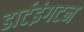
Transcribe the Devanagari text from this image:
डार्टइंगटन